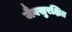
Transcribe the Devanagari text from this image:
जैवसुरक्षित